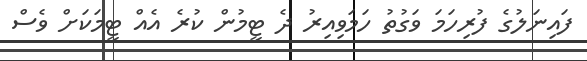
ފައިނަލުގެ ފުރިހަމަ ވަގުތު ހަމަވިއިރު ދެ ޓީމުން ކުރެ އެއް ޓީމަަކަށް ވެސް